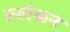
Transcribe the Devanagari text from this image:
ल्यांकन